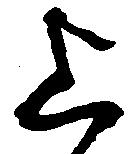
上